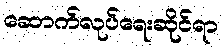
ဆောက်လုပ်ရေးဆိုင်ရာ